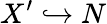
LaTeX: X^{\prime}\hookrightarrow N